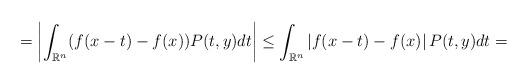
LaTeX: \begin{align*}=\left|\int_{\mathbb{R}^n}(f(x-t)-f(x) )P(t,y)dt\right|\le\int_{\mathbb{R}^n}\left|f(x-t)-f(x) \right|P(t,y)dt=\end{align*}